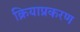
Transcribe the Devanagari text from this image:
क्रियाप्रकरण